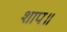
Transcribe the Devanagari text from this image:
शाप॥